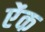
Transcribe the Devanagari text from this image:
ऐंक